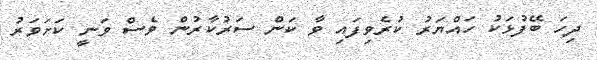
ދިހަ ބޭފުޅަކު ހައްޔަރު ކުރެވިފައި ވާ ކަން ސަރުކާރުން ވެސް ވަނީ ކަށަވަރު